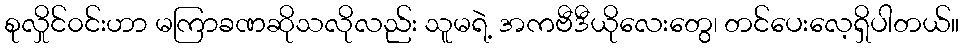
စုလှိုင်၀င်းဟာ မကြာခဏဆိုသလိုလည်း သူမရဲ့ အကဗီဒီယိုလေးတွေ၊ တင်ပေးလေ့ရှိပါတယ်။